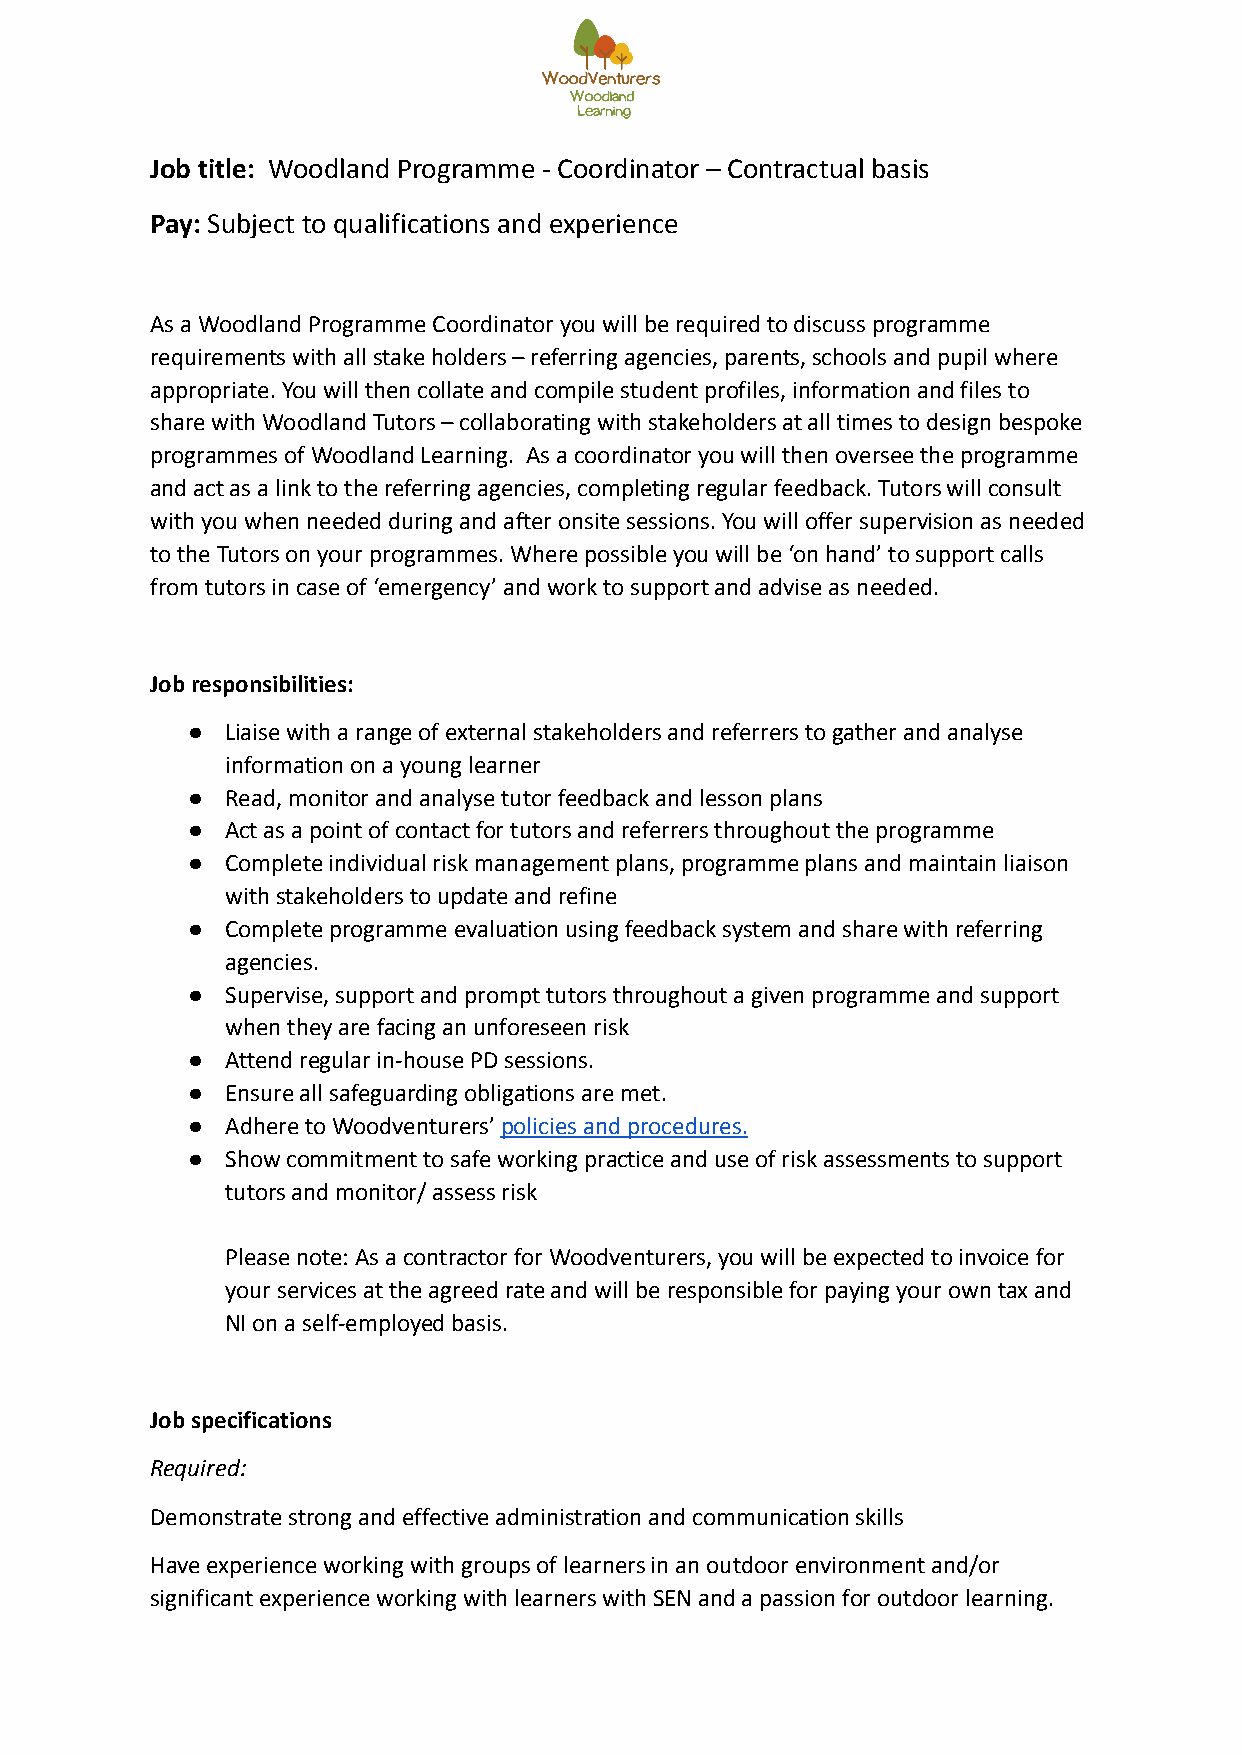
Job title: Woodland Programme - Coordinator – Contractual basis
 Pay: Subject to qualifications and experience
 As a Woodland Programme Coordinator you will be required to discuss programme
 requirements with all stake holders – referring agencies, parents, schools and pupil where
 appropriate. You will then collate and compile student profiles, information and files to
 share with Woodland Tutors – collaborating with stakeholders at all times to design bespoke
 programmes of Woodland Learning. As a coordinator you will then oversee the programme
 and act as a link to the referring agencies, completing regular feedback. Tutors will consult
 with you when needed during and after onsite sessions. You will offer supervision as needed
 to the Tutors on your programmes. Where possible you will be ‘on hand’ to support calls
 from tutors in case of ‘emergency’ and work to support and advise as needed.
 Job responsibilities:
 ●  Liaise with a range of external stakeholders and referrers to gather and analyse
 information on a young learner
 ●  Read, monitor and analyse tutor feedback and lesson plans
 ●  Act as a point of contact for tutors and referrers throughout the programme
 ●  Complete individual risk management plans, programme plans and maintain liaison
 with stakeholders to update and refine
 ●  Complete programme evaluation using feedback system and share with referring
 agencies.
 ●  Supervise, support and prompt tutors throughout a given programme and support
 when they are facing an unforeseen risk
 ●  Attend regular in-house PD sessions.
 ●  Ensure all safeguarding obligations are met.
 ●  Adhere to Woodventurers’policies and procedures.
 ●  Show commitment to safe working practice and use of risk assessments to support
 tutors and monitor/ assess risk
 Please note: As a contractor for Woodventurers, you will be expected to invoice for
 your services at the agreed rate and will be responsible for paying your own tax and
 NI on a self-employed basis.
 Job specifications
 Required:
 Demonstrate strong and effective administration and communication skills
 Have experience working with groups of learners in an outdoor environment and/or
 significant experience working with learners with SEN and a passion for outdoor learning.